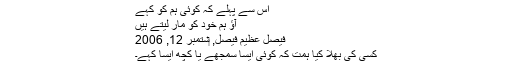
اس سے پہلے کہ کوئی ہم کو کہے
آؤ ہم خود کو مار لیتے ہیں
فیصل عظیم فیصل, ‏ستمبر 12, 2006
کسی کی بھلا کیا ہمت کہ کوئی ایسا سمجھے یا کچھ ایسا کہے۔